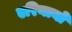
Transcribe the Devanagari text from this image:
एरिनायो